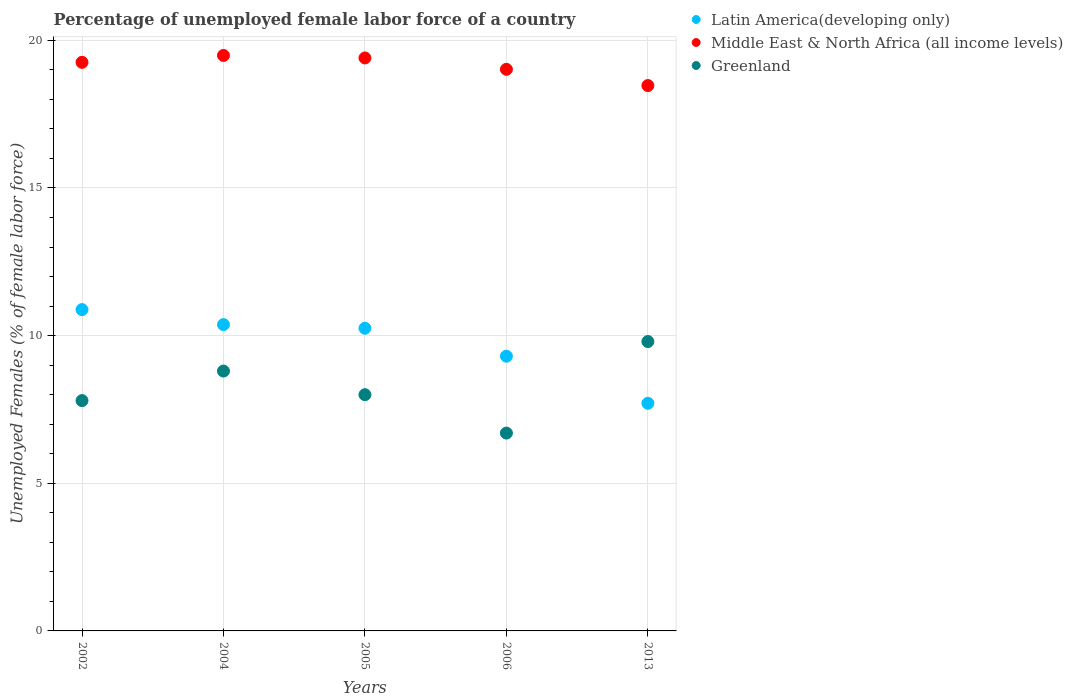
| Years | Latin America(developing only) | Middle East & North Africa (all income levels) | Greenland |
 | --- | --- | --- | --- |
 | 2002 | 10.9 | 19.3 | 7.8 |
 | 2004 | 10.4 | 19.5 | 8.8 |
 | 2005 | 10.2 | 19.4 | 8 |
 | 2006 | 9.3 | 19 | 6.7 |
 | 2013 | 7.71 | 18.5 | 9.8 |